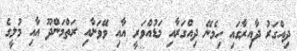
ދިއްގަރު ދާއިރާގައި ހިމެނޭ ދިއްގަރާއި މަޑުއްވަރީ އާއި ވޭވަށާއި ރަތްމަންދޫ އާއި މުލީގެ